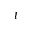
t